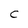
Character: C